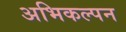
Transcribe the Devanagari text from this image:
अभिकल्‍पन